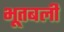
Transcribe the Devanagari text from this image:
भूतबली